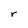
Character: r